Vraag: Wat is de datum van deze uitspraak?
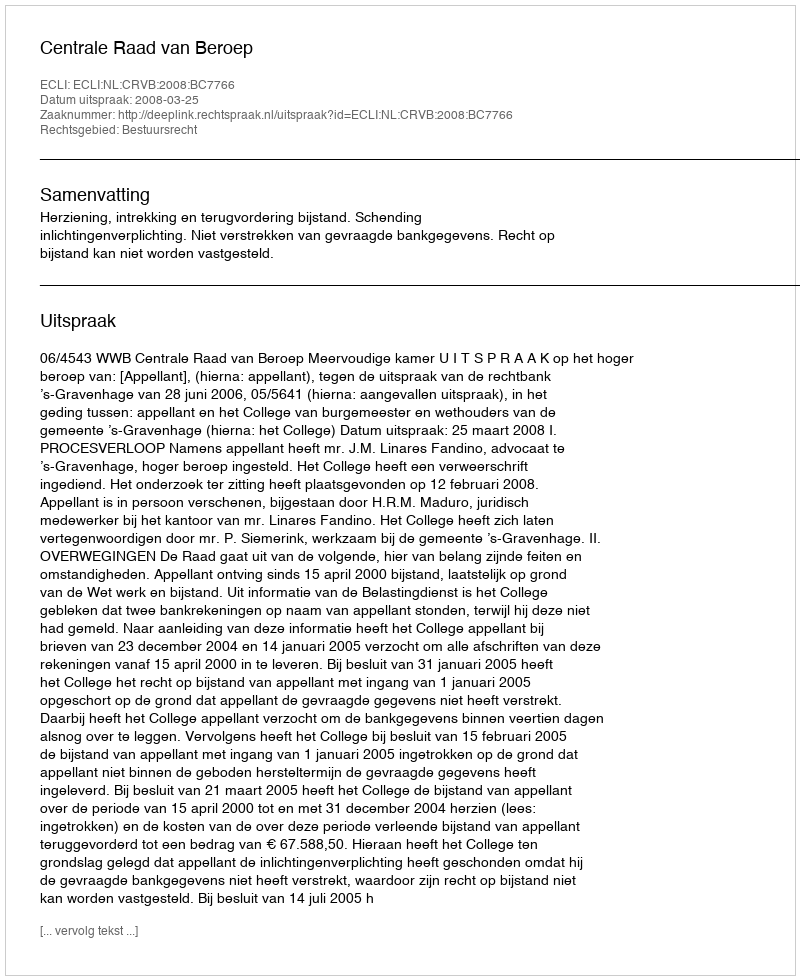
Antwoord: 2008-03-25